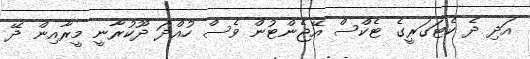
އަދި ދެ ކެޓަގަރީގެ ޓެކްސް އޭޖެންޓުން ވެސް ހުއްދަ ދޫކުރާނީ މީރާއިން ދޭ